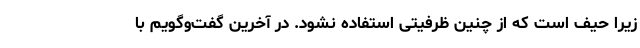
زیرا حیف است که از چنین ظرفیتی استفاده نشود. در آخرین گفت‌وگویم با